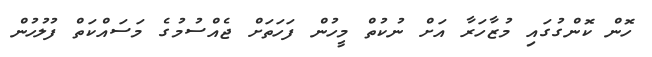
ހޮން ކޮންގުގައި މުޒާހަރާ އަށް ނުކުތް މީހުން ފަހަތަށް ޖެއްސުމުގެ މަސައްކަތް ފުލުހުން